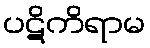
ပဋိကိရာမ